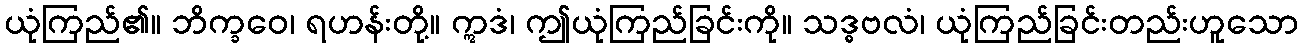
ယုံကြည်၏။ ဘိက္ခဝေ၊ ရဟန်းတို့။ ဣဒံ၊ ဤယုံကြည်ခြင်းကို။ သဒ္ဓဗလံ၊ ယုံကြည်ခြင်းတည်းဟူသော